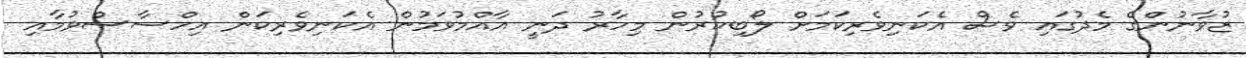
ޒުވާނުންގެ މެދުގައި ވެސް އެކަނިވެރިކަމަށް ލޯބިކުރުން މިހާރު ދަނީ އާއްމުވަމުން އެކަނިވެރިކަން އިހްސާސްވުމާއި